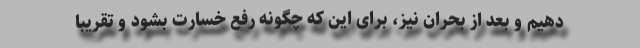
دهیم و بعد از بحران نیز، برای این که چگونه رفع خسارت بشود و تقریبا